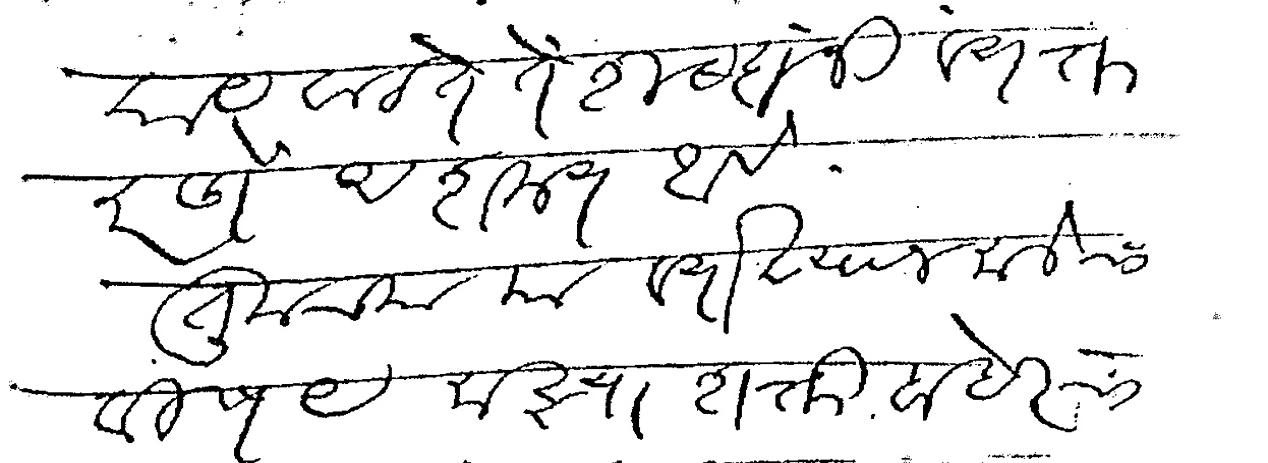
Transliteration (Devanagari): याबदल मला तुमच्याबदल काय बाटते ते शब्दांनी व्यक्त करणे अशक्य आहे तुमच्या या व्याख्यानमालेचा विषय माझ्या शक्ती बाहेरचा